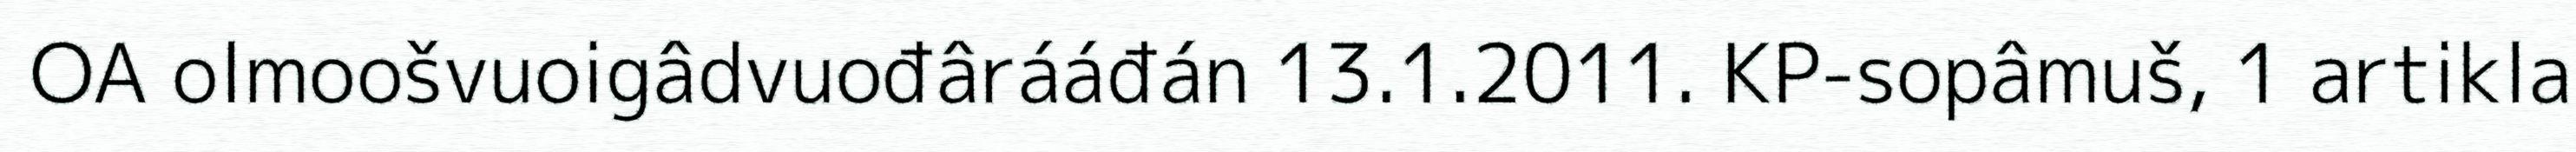
OA olmoošvuoigâdvuođârááđán 13.1.2011. KP-sopâmuš, 1 artikla